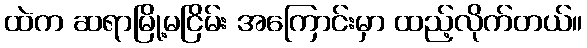
ထဲက ဆရာမြို့မငြိမ်း အကြောင်းမှာ ထည့်လိုက်တယ်။